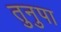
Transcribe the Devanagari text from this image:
तुनुपा